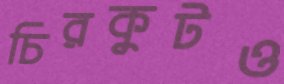
চিরকুটও